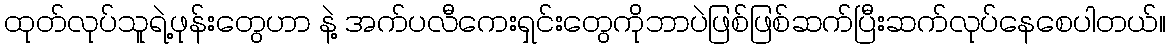
ထုတ်လုပ်သူရဲ့ဖုန်းတွေဟာ နဲ့ အက်ပလီကေးရှင်းတွေကိုဘာပဲဖြစ်ဖြစ်ဆက်ပြီးဆက်လုပ်နေစေပါတယ်။